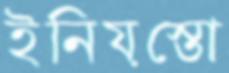
ইনিয়স্তো